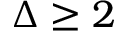
\Delta \ge 2